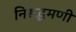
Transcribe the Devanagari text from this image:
निरूद्धमणी